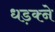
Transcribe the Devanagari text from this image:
धड़क्ने